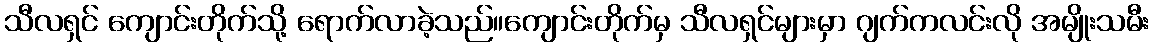
သီလရှင် ကျောင်းတိုက်သို့ ရောက်လာခဲ့သည်။ကျောင်းတိုက်မှ သီလရှင်များမှာ ဂျက်ကလင်းလို အမျိုးသမီး